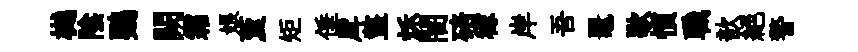
樾陰鸚闕霜娘藑矩倕戽盩秌闇碚稼岸吾鼉歇慣職歆絶警